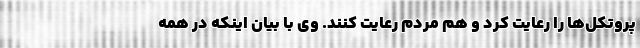
پروتکل‌ها را رعایت کرد و هم مردم رعایت کنند. وی با بیان اینکه در همه